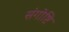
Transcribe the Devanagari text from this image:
संगोष्टि